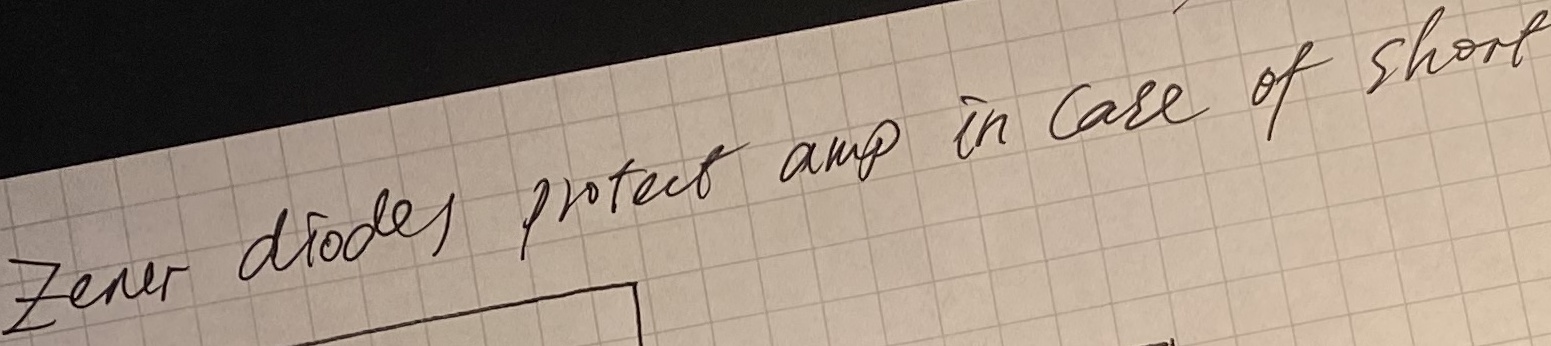
Text: zener diodes protect amp in case of short